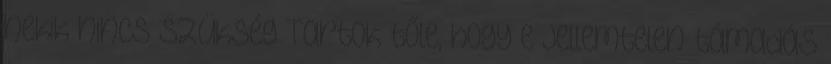
nekik nincs szükség Tartok tőle, hogy e jellemtelen támadás